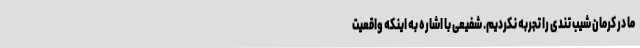
ما در کرمان شیب تندی را تجربه نکردیم. شفیعی با اشاره به اینکه واقعیت